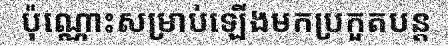
ប៉ុណ្ណោះសម្រាប់ឡើងមកប្រកួតបន្ត